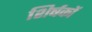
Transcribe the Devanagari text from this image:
शिर्षकों